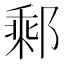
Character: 𨝄